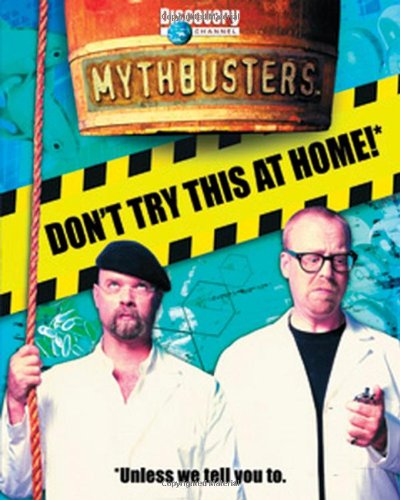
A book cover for MythBusters: Don't Try This at Home; Mary Packard; Humor & Entertainment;